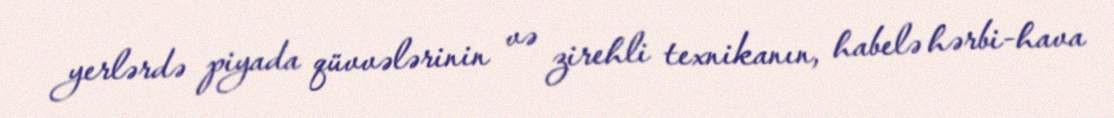
yerlərdə piyada qüvvələrinin və zirehli texnikanın, habelə hərbi-hava